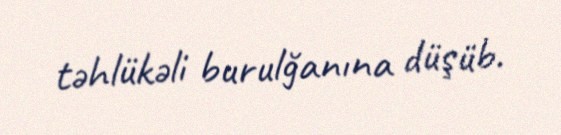
təhlükəli burulğanına düşüb.